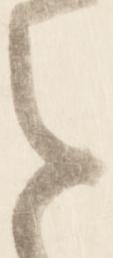
を